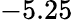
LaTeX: -5.25